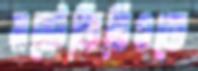
মন্টেভিডিওতে